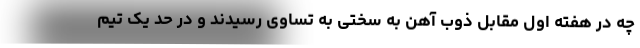
چه در هفته اول مقابل ذوب آهن به سختی به تساوی رسیدند و در حد یک تیم